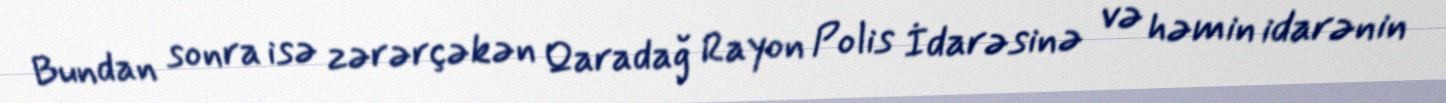
Bundan sonra isə zərərçəkən Qaradağ Rayon Polis İdarəsinə və həmin idarənin